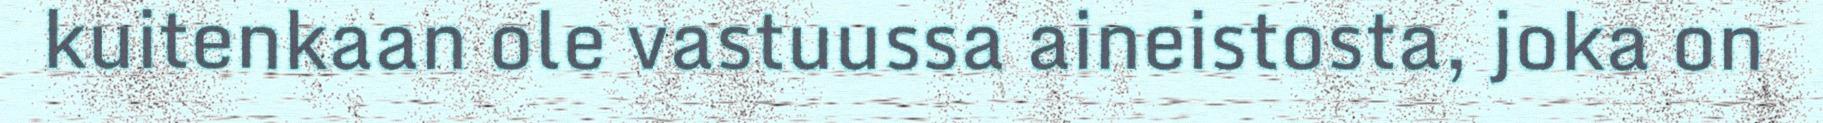
kuitenkaan ole vastuussa aineistosta, joka on